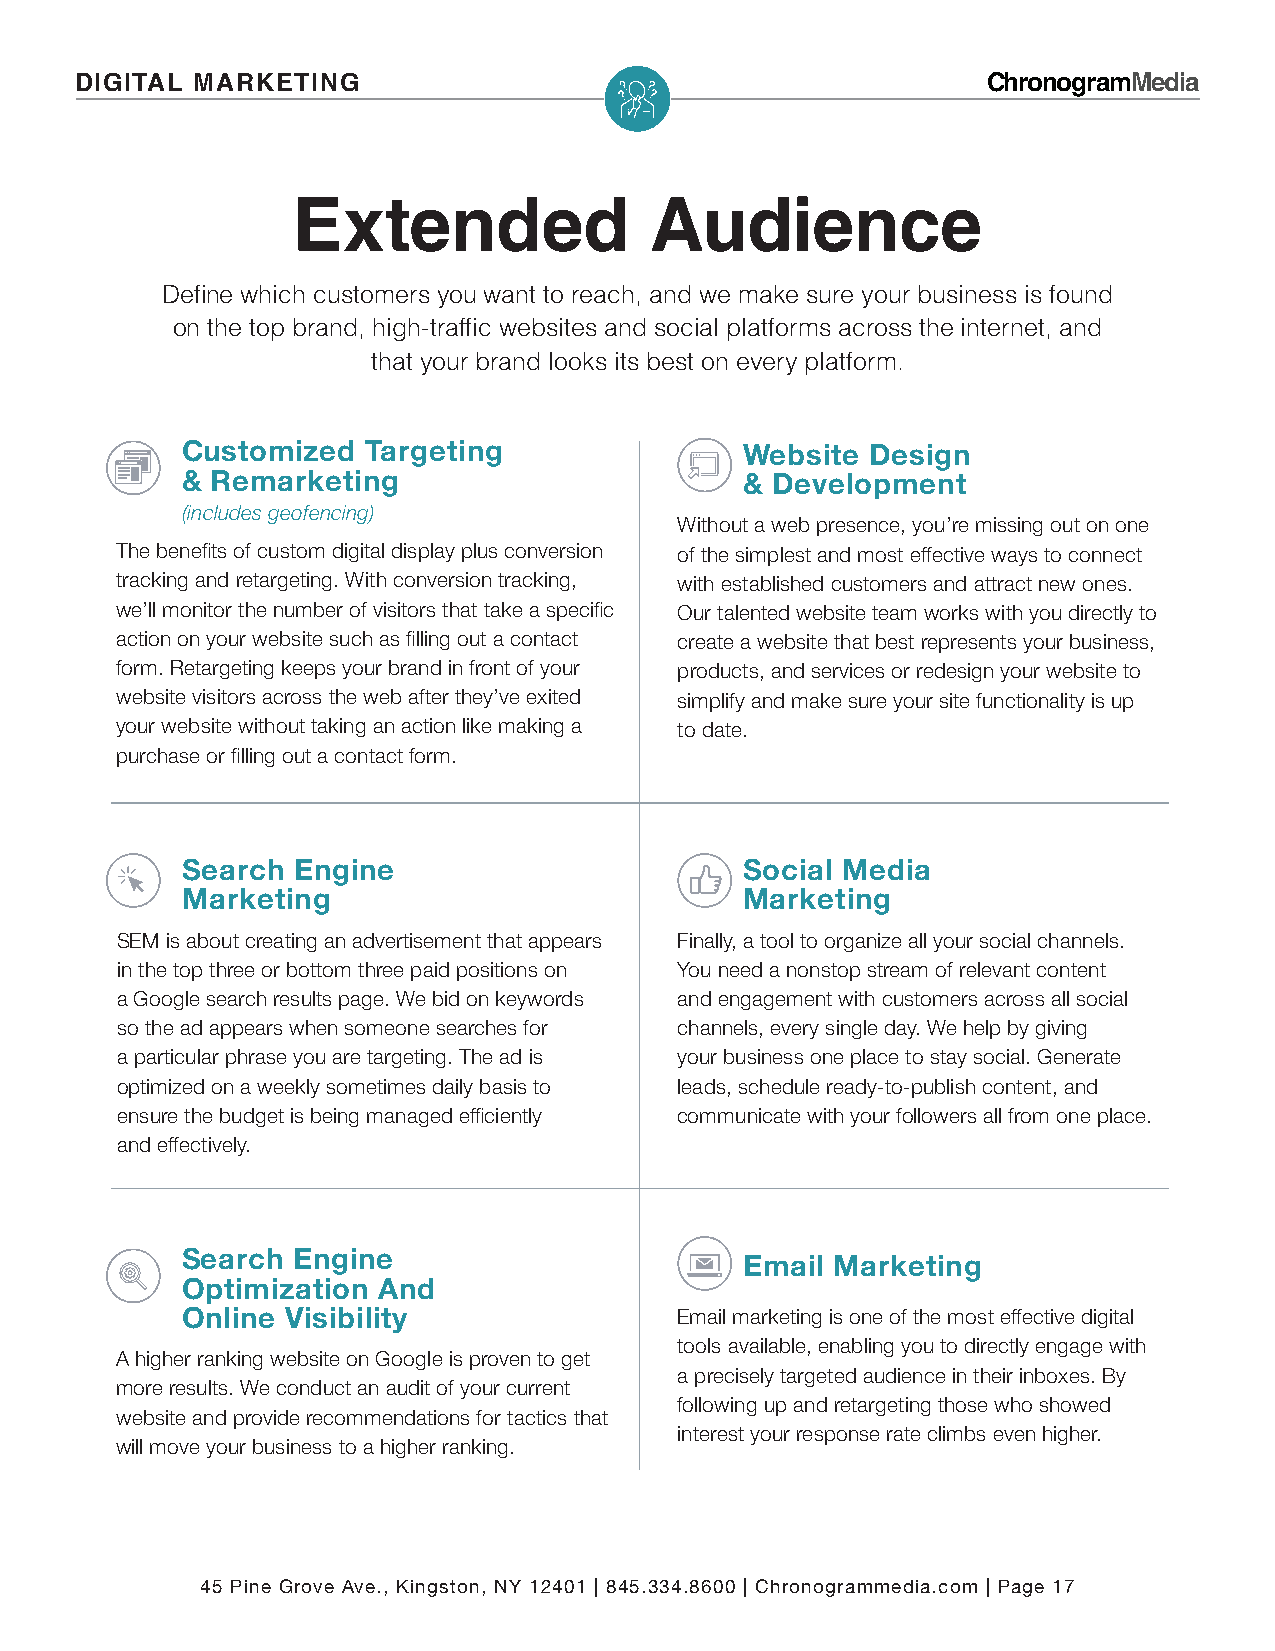
DIGITAL MARKETING                                           ChronogramMedia
 Extended                Audience
 Define which customers you want to reach, and we make sure your business is found
 on the top brand, high-traffic websites and social platforms across the internet, and
 that your brand looks its best on every platform.
 Customized  Targeting                Website  Design
 & Remarketing                        & Development
 (includes geofencing)
 Without a web presence, you’re missing out on one
 The benefits of custom digital display plus conversion of the simplest and most effective ways to connect
 tracking and retargeting. With conversion tracking, with established customers and attract new ones.
 we’ll monitor the number of visitors that take a specific Our talented website team works with you directly to
 action on your website such as filling out a contact create a website that best represents your business,
 form. Retargeting keeps your brand in front of your products, and services or redesign your website to
 website visitors across the web after they’ve exited simplify and make sure your site functionality is up
 your website without taking an action like making a to date.
 purchase or filling out a contact form.
 Search Engine                        Social Media
 Marketing                            Marketing
 SEM is about creating an advertisement that appears Finally, a tool to organize all your social channels.
 in the top three or bottom three paid positions on You need a nonstop stream of relevant content
 a Google search results page. We bid on keywords and engagement with customers across all social
 so the ad appears when someone searches for channels, every single day. We help by giving
 a particular phrase you are targeting. The ad is your business one place to stay social. Generate
 optimized on a weekly sometimes daily basis to leads, schedule ready-to-publish content, and
 ensure the budget is being managed efficiently communicate with your followers all from one place.
 and effectively.
 Search Engine
 Email Marketing
 Optimization And
 Online Visibility                Email marketing is one of the most effective digital
 tools available, enabling you to directly engage with
 A higher ranking website on Google is proven to get
 a precisely targeted audience in their inboxes. By
 more results. We conduct an audit of your current
 following up and retargeting those who showed
 website and provide recommendations for tactics that
 interest your response rate climbs even higher.
 will move your business to a higher ranking.
 45 Pine Grove Ave., Kingston, NY 12401 | 845.334.8600 | Chronogrammedia.com | Page 17